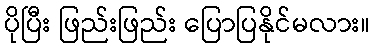
ပိုပြီး ဖြည်းဖြည်း ပြောပြနိုင်မလား။